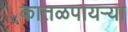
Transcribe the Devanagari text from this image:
कातळपायऱ्या